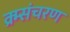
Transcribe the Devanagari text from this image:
क्र्म्संचरण